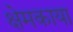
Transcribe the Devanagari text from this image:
क्षेमकाया